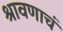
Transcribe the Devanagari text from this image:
श्रावणाचं